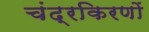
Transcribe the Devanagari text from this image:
चंद्रकिरणों